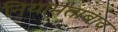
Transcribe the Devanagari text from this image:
नियामताबाद